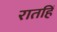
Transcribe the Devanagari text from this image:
रातहिं